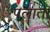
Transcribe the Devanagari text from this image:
पलाता